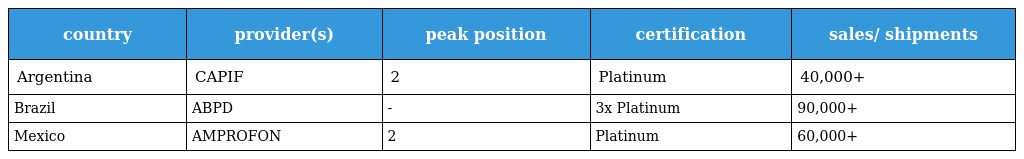
| country | provider(s) | peak position | certification | sales/ shipments |
 | --- | --- | --- | --- | --- |
 | Argentina | CAPIF | 2 | Platinum | 40,000+ |
 | Brazil | ABPD | - | 3x Platinum | 90,000+ |
 | Mexico | AMPROFON | 2 | Platinum | 60,000+ |